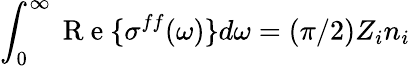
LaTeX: \int_{0}^{\infty}\mathrm{~R~e~}\{ \sigma^{ff}(\omega)\} d\omega=(\pi/2)Z_{i}n_{i}